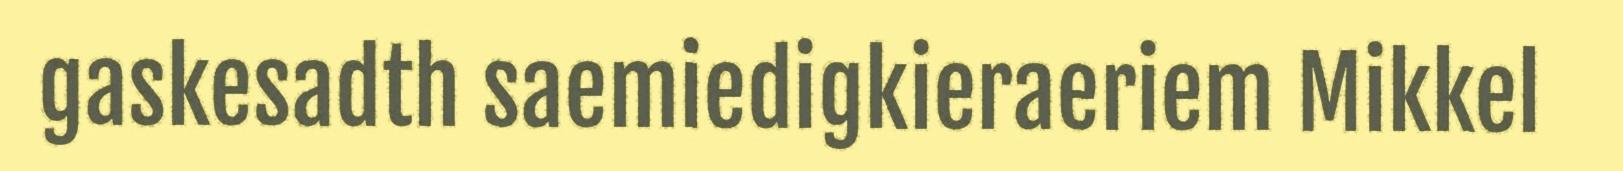
gaskesadth saemiedigkieraeriem Mikkel